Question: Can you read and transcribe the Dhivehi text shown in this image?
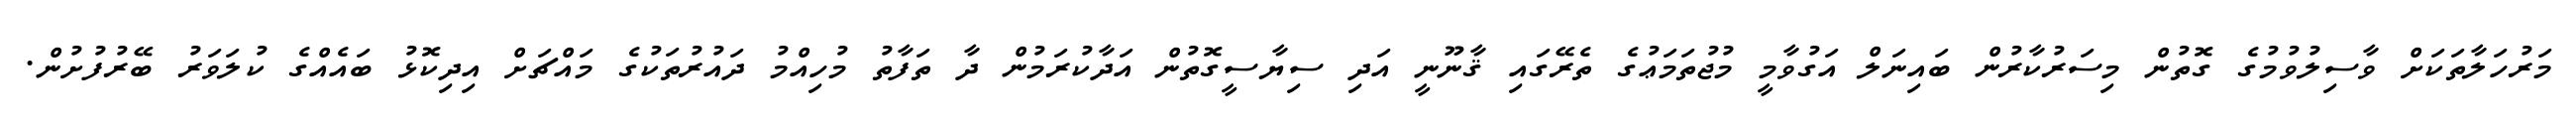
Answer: މަރުހަލާތަކަށް ވާސިލުވުމުގެ ގޮތުން މިސަރުކާރުން ބައިނަލް އަގުވާމީ މުޖުތަމަޢުގެ ތެރޭގައި ޤާނޫނީ އަދި ސިޔާސީގޮތުން އަދާކުރަމުން ދާ ތަފާތު މުހިއްމު ދައުރުތަކުގެ މައްޗަށް އިދިކޮޅު ބައެއްގެ ކުލަވަރު ބޭރުފުށުން.